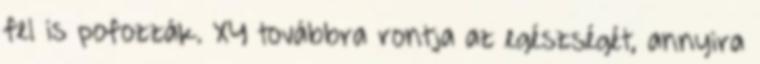
fel is pofozzák. XY továbbra rontja az egészségét, annyira